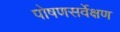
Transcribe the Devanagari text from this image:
पोषणसर्वेक्षण